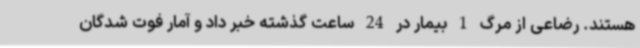
هستند. رضاعی از مرگ 1 بیمار در 24 ساعت گذشته خبر داد و آمار فوت شدگان